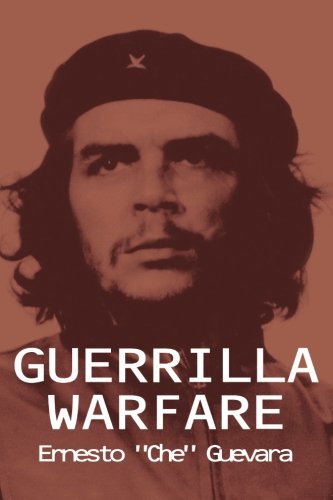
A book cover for Guerrilla Warfare; Ernesto Che Guevara; History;